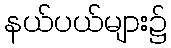
နယ်ပယ်များ၌